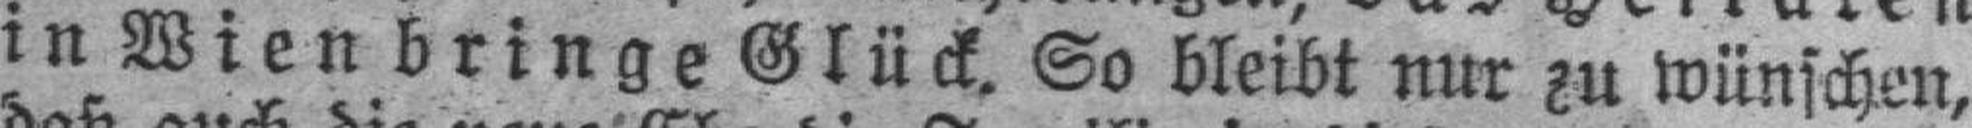
in Wien bringe Glück. So bleibt nur zu wünschen,